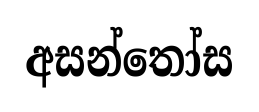
අසන්තෝස